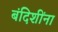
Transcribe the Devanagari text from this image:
बंदिशींना